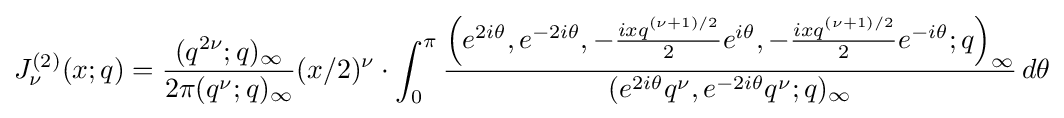
J_{\nu }^{(2)}(x;q)={\frac {(q^{2\nu };q)_{\infty }}{2\pi (q^{\nu };q)_{\infty }}}(x/2)^{\nu }\cdot \int _{0}^{\pi }{\frac {\left(e^{2i\theta },e^{-2i\theta },-{\frac {ixq^{(\nu +1)/2}}{2}}e^{i\theta },-{\frac {ixq^{(\nu +1)/2}}{2}}e^{-i\theta };q\right)_{\infty }}{(e^{2i\theta }q^{\nu },e^{-2i\theta }q^{\nu };q)_{\infty }}}\,d\theta